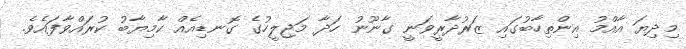
މިދިޔަ އާއްމު އިންތިހާބުގައި ޒަރުދާރީވަނީ ގާނޫނު ހަދާ މަޖިލީހުގެ ގޮނޑިއެއް ކާމިޔާބު ކުރައްވާފައެވެ.